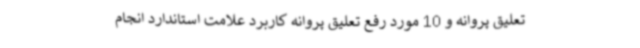
تعلیق پروانه و 10 مورد رفع تعلیق پروانه کاربرد علامت استاندارد انجام